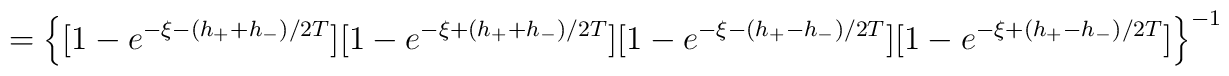
=\left \{ [1-e^{-\xi-(h_++h_-)/2T}][1-e^{-\xi+(h_++h_-)/2T}][1-e^{-\xi-(h_+-h_-)/2T}][1-e^{-\xi+(h_+-h_-)/2T}] \right \}^{-1}